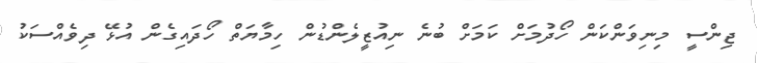
ޖިންސީ މިނިވަންކަން ހޯދުމަށް ކަމަށް ބުނެ ނިއުޒީލެންޑުން ހިމާޔަތް ހޯދައިގެން އުޅޭ ދިވެއްސަކު